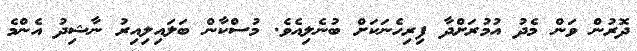
ދޮރުން ވަން މެދު އުމުރަށްދާ ފިރިހެނަކަށް ބުނެލިއެވެ. މުސްކާން ބަލައިލިއިރު ނާޝިދު އެންމެ